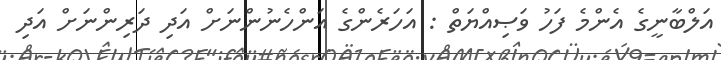
އަލްބާނީގެ އެންމެ ފަހު ވަޞިއްޔަތް : އަހަރެންގެ އަންހެނުންނަށް އަދި ދަރިންނަށް އަދި